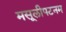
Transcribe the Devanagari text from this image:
मसूलीपटनम